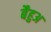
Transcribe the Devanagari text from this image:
बैहुअ